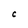
Character: C